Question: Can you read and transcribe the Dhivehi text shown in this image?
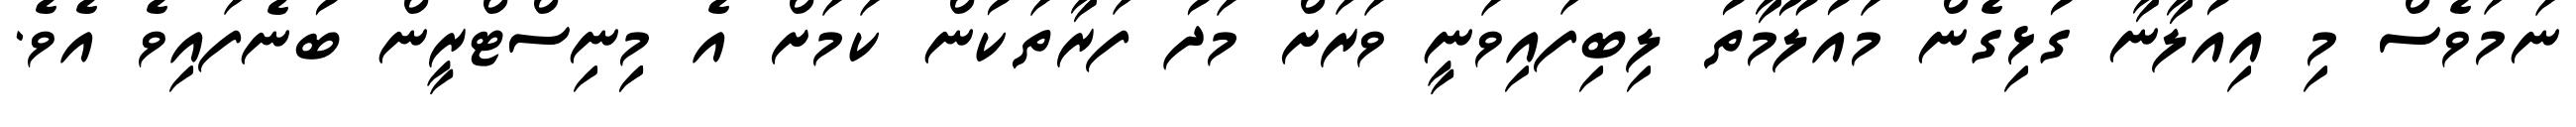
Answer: ނަމަވެސް މި އިއުލާނާ ގުޅިގެން މައުލޫމާތު ލިބިފައިވަނީ ވަރަށް މަދު ފަރާތަކުން ކަމަށް އެ މިިނިސްޓްރީން ބުނެފައިވެ އެވެ.